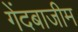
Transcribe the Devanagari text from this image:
गेंदबाजीम